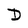
Character: D